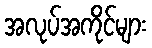
အလုပ်အကိုင်များ